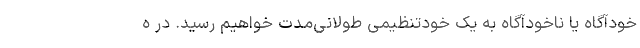
خودآگاه یا ناخودآگاه به یک خودتنظیمی طولانی‌مدت خواهیم رسید. در ه